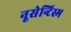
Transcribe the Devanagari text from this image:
नूसेन्टिस्म